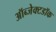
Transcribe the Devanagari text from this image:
ऑब्जेक्टडॉक